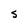
Character: S